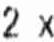
2 X